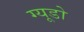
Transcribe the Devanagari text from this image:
ग्यूडो